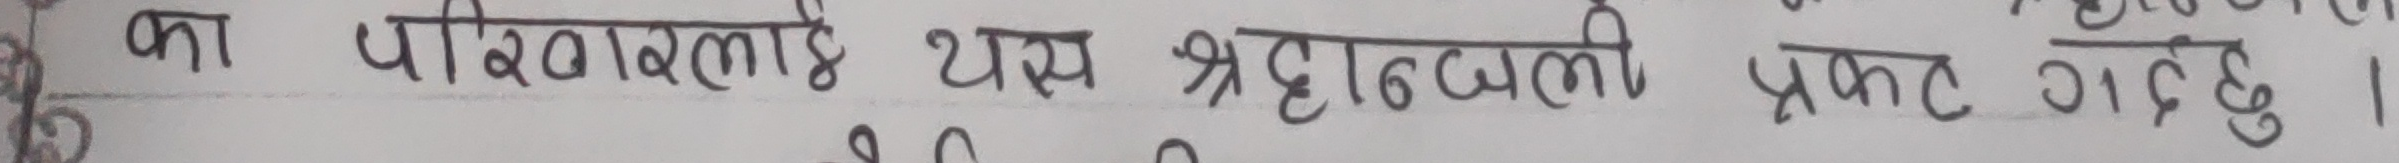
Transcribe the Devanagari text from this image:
का परिणामलाई यस श्रद्धाञ्जली प्रकट गर्दछु ।